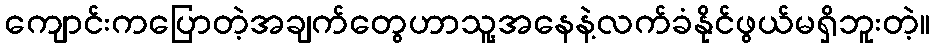
ကျောင်းကပြောတဲ့အချက်တွေဟာသူ့အနေနဲ့လက်ခံနိုင်ဖွယ်မရှိဘူးတဲ့။